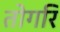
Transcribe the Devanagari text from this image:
तोगरि